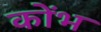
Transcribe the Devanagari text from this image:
कोंभ